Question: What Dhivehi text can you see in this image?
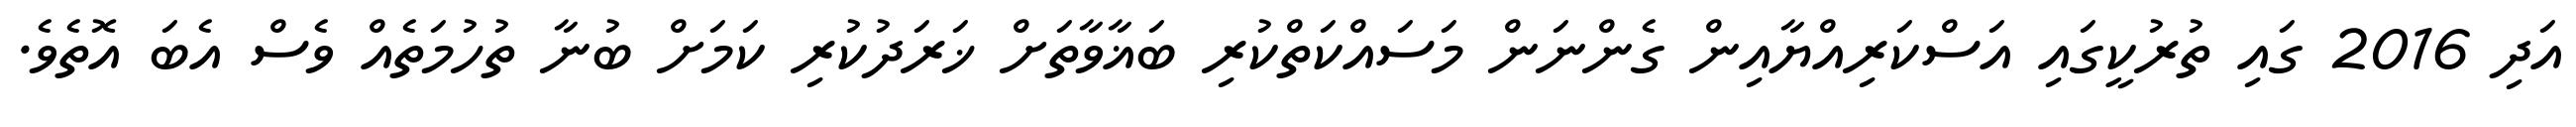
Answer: އަދި 2016 ގައި ތުރުކީގައި އަސްކަރިއްޔާއިން ގެންނަން މަސައްކަތްކުރި ބަޣާވާތަށް ޚަރަދުކުރި ކަމަށް ބުނާ ތުހުމަތެއް ވެސް އެބަ އޮތެވެ.